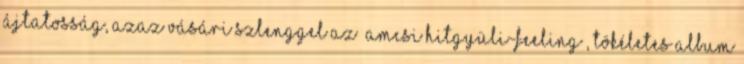
ájtatosság, azaz vásári szlenggel az „amcsi hitgyüli-feeling”, tökéletes album